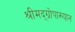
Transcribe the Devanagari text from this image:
श्रीमद्‌ग्रोपाख्यान